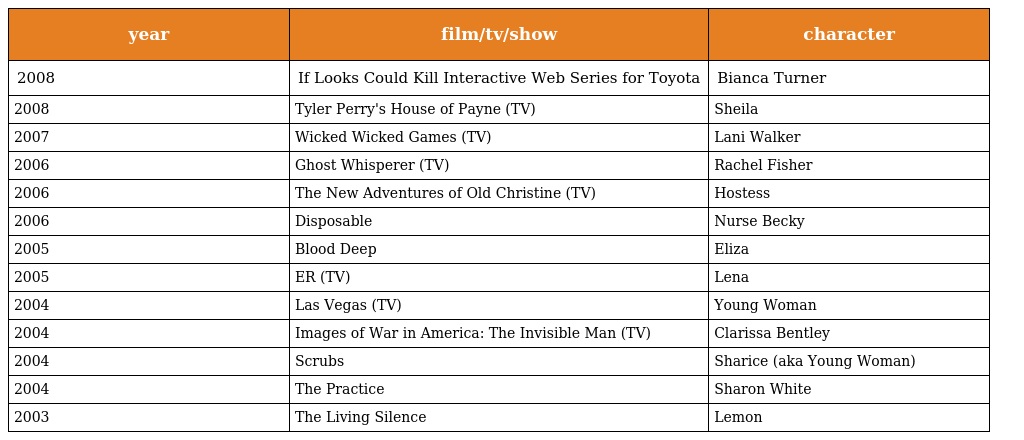
| year | film/tv/show | character |
 | --- | --- | --- |
 | 2008 | If Looks Could Kill Interactive Web Series for Toyota | Bianca Turner |
 | 2008 | Tyler Perry's House of Payne (TV) | Sheila |
 | 2007 | Wicked Wicked Games (TV) | Lani Walker |
 | 2006 | Ghost Whisperer (TV) | Rachel Fisher |
 | 2006 | The New Adventures of Old Christine (TV) | Hostess |
 | 2006 | Disposable | Nurse Becky |
 | 2005 | Blood Deep | Eliza |
 | 2005 | ER (TV) | Lena |
 | 2004 | Las Vegas (TV) | Young Woman |
 | 2004 | Images of War in America: The Invisible Man (TV) | Clarissa Bentley |
 | 2004 | Scrubs | Sharice (aka Young Woman) |
 | 2004 | The Practice | Sharon White |
 | 2003 | The Living Silence | Lemon |